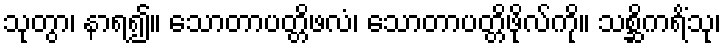
သုတွာ၊ နာရ၍။ သောတာပတ္တိဖလံ၊ သောတာပတ္တိဖိုလ်ကို။ သစ္ဆိကရိံသု၊